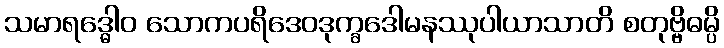
သမာရဒ္ဓေါဝ သောကပရိဒေဝဒုက္ခဒေါမနဿုပါယာသာတိ စတုဗ္ဗိဓမ္ပိ